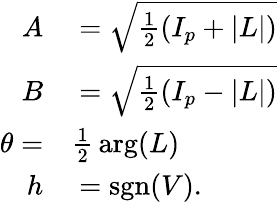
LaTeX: \begin{array}{rl}{A}&{{}={\sqrt{{\frac{1}{2}}(I_{p}+|L|)}}}\\ {B}&{{}={\sqrt{{\frac{1}{2}}(I_{p}-|L|)}}}\\ {\theta=}&{{}{\frac{1}{2}}\arg(L)}\\ {h}&{{}=\operatorname{sgn}(V).}\end{array}